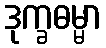
ဒုက္ခဓမ္မာ